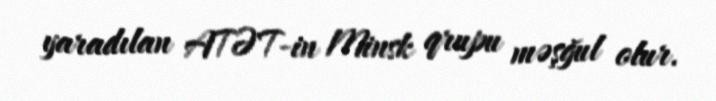
yaradılan ATƏT-in Minsk qrupu məşğul olur.